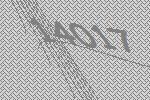
14017